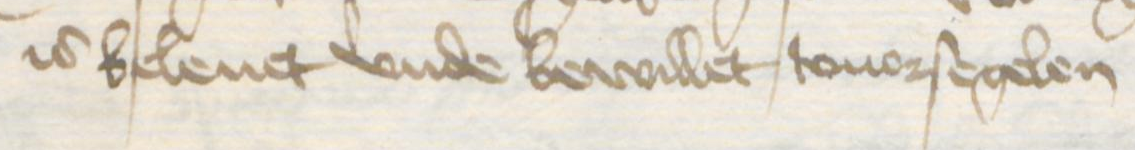
is beleuet vnde bewillet touorsegelen